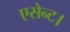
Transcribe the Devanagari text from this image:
एसेन्ट।